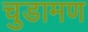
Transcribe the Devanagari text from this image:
चुडामण